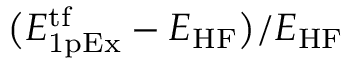
\big ( E _ { \mathrm { 1 p E x } } ^ { \mathrm { t f } } - E _ { \mathrm { H F } } \big ) / E _ { \mathrm { H F } }